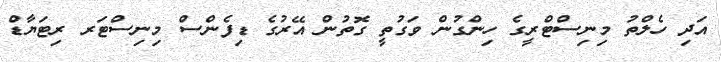
އަދި ހެލްތު މިނިސްޓްރީގެ ހިންގުން ވަގުތީ ގޮތުން އޭރުގެ ޑިފެންސް މިނިސްޓަރ ރިޓަޔާޑް